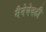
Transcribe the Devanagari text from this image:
मैनेयेवढी